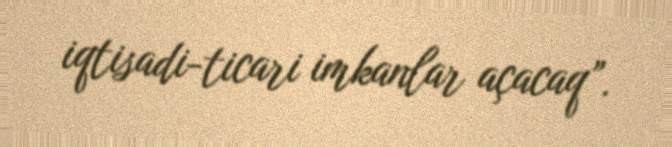
iqtisadi-ticari imkanlar açacaq”.